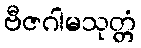
ဗီဇဂါမသုတ္တံ